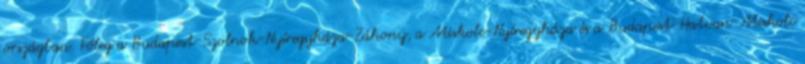
országban. Főleg a Budapest-Szolnok-Nyíregyháza-Záhony, a Miskolc-Nyíregyháza és a Budapest-Hatvan-Miskolc